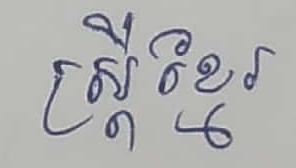
ស្ដ្រីខ្មែរ